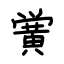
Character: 黉